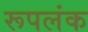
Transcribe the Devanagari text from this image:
रूपलंक